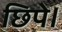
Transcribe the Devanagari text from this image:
छिपे।